Report of the Indian Hemp Drugs Commission, 1894-1895 - Volume IV
Year: 1894
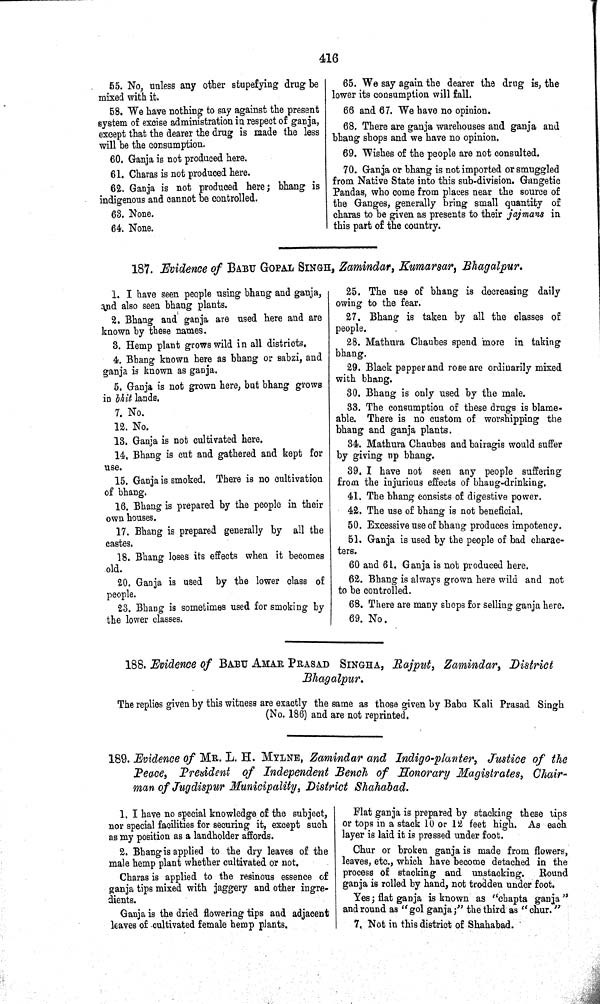
416
55. No, unless any other stupefying drug be
mixed with it.
58. We have nothing to say against the present
system of excise administration in respect of ganja,
except that the dearer the drug is made the less
will be the consumption.
60. Ganja is not produced here.
61. Charas is not produced here.
62. Ganja is not produced here; bhang is
indigenous and cannot be controlled.
63. None.
64. None.
65. We say again the dearer the drug is, the
lower its consumption will fall.
66 and 67. We have no opinion.
68. There are ganja warehouses and ganja and
bhang shops and we have no opinion.
69. Wishes of the people are not consulted.
70. Ganja or bhang is not imported or smuggled
from Native State into this sub-division. Gangetic
Pandas, who come from places near the source of
the Ganges, generally bring small quantity of
charas to be given as presents to their jajmans in
this part of the country.
187. Evidence of BABU GOPAL SINGH, Zamindar, Kumarsar, Bhagalpur.
1. I have seen people using bhang and ganja,
and also seen bhang plants.
2. Bhang and ganja are used here and are
known by these names.
3. Hemp plant grows wild in all districts.
4. Bhang known here as bhang or sabzi, and
ganja is known as ganja.
5. Ganja is not grown here, but bhang grows
in bhit lands.
7. No.
12. No.
13. Ganja is not cultivated here.
14. Bhang is cut and gathered and kept for
use.
15. Ganja is smoked. There is no cultivation
of bhang.
16. Bhang is prepared by the people in their
own houses.
17. Bhang is prepared generally by all the
castes.
18. Bhang loses its effects when it becomes
old.
20. Ganja is used by the lower class of
people.
23. Bhang is sometimes used for smoking by
the lower classes.
25. The use of bhang is decreasing daily
owing to the fear.
27. Bhang is taken by all the classes of
people.
28. Mathura Chaubes spend more in taking
bhang.
29. Black pepper and rose are ordinarily mixed
with bhang.
30. Bhang is only used by the male.
33. The consumption of these drugs is blame-
able. There is no custom of worshipping the
bhang and ganja plants.
34. Mathura Chaubes and bairagis would suffer
by giving up bhang.
39. I have not seen any people suffering
from the injurious effects of bhang-drinking.
41. The bhang consists of digestive power.
42. The use of bhang is not beneficial.
50. Excessive use of bhang produces impotency.
51. Ganja is used by the people of bad charac-
ters.
60 and 61. Ganja is not produced here.
62. Bhang is always grown here wild and not
to be controlled.
68. There are many shops for selling ganja here.
69. No.
188. Evidence of BABU AMAR PRASAD SINGHA, Rajput, Zamindar, District
Bhagalpur.
The replies given by this witness are exactly the same as those given by Babu Kali Prasad Singh
(No. 186) and are not reprinted.
189. Evidence of MR. L. H. MYLNE, Zamindar and Indigo-planter, Justice of the
Peace, President of Independent Bench of Honorary Magistrates, Chair-
man of Jugdispur Municipality, District Shahabad.
1. I have no special knowledge of the subject,
nor special facilities for securing it, except such
as my position as a landholder affords.
2. Bhang is applied to the dry leaves of the
male hemp plant whether cultivated or not.
Charas is applied to the resinous essence of
ganja tips mixed with jaggery and other ingre-
dients.
Ganja is the dried flowering tips and adjacent
leaves of cultivated female hemp plants.
Flat ganja is prepared by stacking these tips
or tops in a stack 10 or 12 feet high. As each
layer is laid it is pressed under foot.
Chur or broken ganja is made from flowers,
leaves, etc., which have become detached in the
process of stacking and unstacking.
Round
ganja is rolled by hand, not trodden under foot.
Yes; flat ganja is known as "chapta ganja"
and round as "gol ganja;" the third as
"chur."
7, Not in this district of Shahabad.